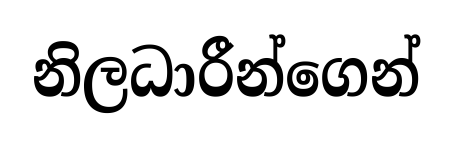
නිලධාරීන්ගෙන්